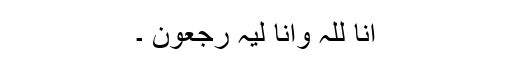
انا للہ وانا لیہ رجعون ۔